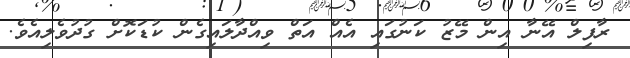
ރާފިލް އޭނާ އިން މޭޒު ކަނުގައި އެއް އަތް ވިއްދާލައިގެން ކުޑަކޮށް ގުދުވެލިއެވެ.